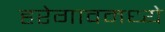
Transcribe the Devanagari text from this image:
हरेगावमध्ये